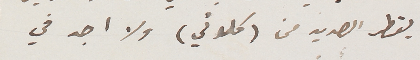
يقطر  الصديد من(كلوتي) ولا اجد في